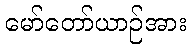
မော်တော်ယာဉ်အား